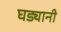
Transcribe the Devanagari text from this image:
घड्यानी